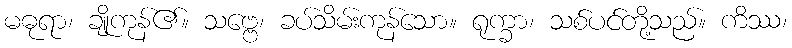
မဓုရာ၊ ချိုကုန်၏။ သဗ္ဗေ၊ ခပ်သိမ်းကုန်သော။ ရုက္ခာ၊ သစ်ပင်တို့သည်။ ကိဿ၊